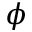
\phi